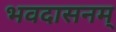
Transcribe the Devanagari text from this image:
भवदासनम्